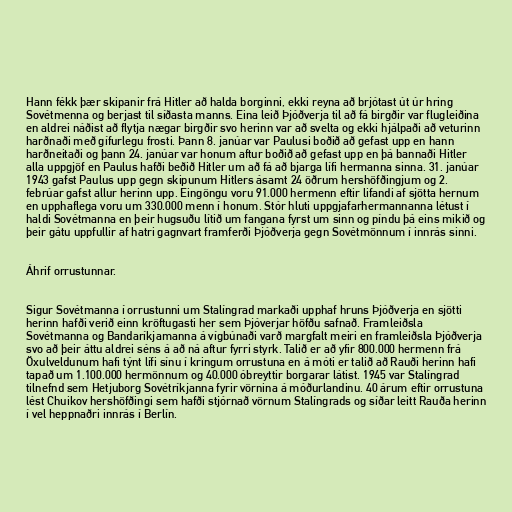
Hann fékk þær skipanir frá Hitler að halda borginni, ekki reyna að brjótast út úr hring
Sovétmenna og berjast til síðasta manns. Eina leið Þjóðverja til að fá birgðir var flugleiðina
en aldrei náðist að flytja nægar birgðir svo herinn var að svelta og ekki hjálpaði að veturinn
harðnaði með gífurlegu frosti. Þann 8. janúar var Paulusi boðið að gefast upp en hann
harðneitaði og þann 24. janúar var honum aftur boðið að gefast upp en þá bannaði Hitler
alla uppgjöf en Paulus hafði beðið Hitler um að fá að bjarga lífi hermanna sinna. 31. janúar
1943 gafst Paulus upp gegn skipunum Hitlers ásamt 24 öðrum hershöfðingjum og 2.
febrúar gafst allur herinn upp. Eingöngu voru 91.000 hermenn eftir lifandi af sjötta hernum
en upphaflega voru um 330.000 menn í honum. Stór hluti uppgjafarhermannanna létust í
haldi Sovétmanna en þeir hugsuðu lítið um fangana fyrst um sinn og píndu þá eins mikið og
þeir gátu uppfullir af hatri gagnvart framferði Þjóðverja gegn Sovétmönnum í innrás sinni.

Áhrif orrustunnar.

Sigur Sovétmanna í orrustunni um Stalíngrad markaði upphaf hruns Þjóðverja en sjötti
herinn hafði verið einn kröftugasti her sem Þjóverjar höfðu safnað. Framleiðsla
Sovétmanna og Bandaríkjamanna á vígbúnaði varð margfalt meiri en framleiðsla Þjóðverja
svo að þeir áttu aldrei séns á að ná aftur fyrri styrk. Talið er að yfir 800.000 hermenn frá
Öxulveldunum hafi týnt lífi sínu í kringum orrustuna en á móti er talið að Rauði herinn hafi
tapað um 1.100.000 hermönnum og 40.000 óbreyttir borgarar látist. 1945 var Stalíngrad
tilnefnd sem Hetjuborg Sovétríkjanna fyrir vörnina á móðurlandinu. 40 árum eftir orrustuna
lést Chuikov hershöfðingi sem hafði stjórnað vörnum Stalíngrads og síðar leitt Rauða herinn
í vel heppnaðri innrás í Berlín.